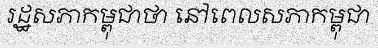
រដ្ឋសភាកម្ពុជាថា នៅពេលសភាកម្ពុជា